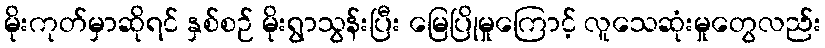
မိုးကုတ်မှာဆိုရင် နှစ်စဉ် မိုးရွာသွန်းပြီး မြေပြိုမှုကြောင့် လူသေဆုံးမှုတွေလည်း